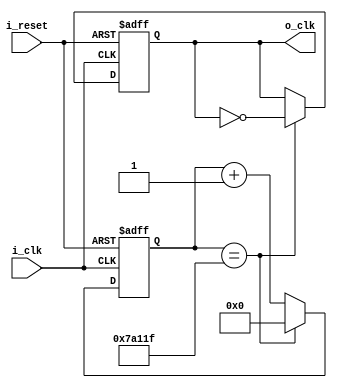
`timescale 1ns / 1ps

module ClockDivider(
    input i_clk,
    input i_reset,

    output o_clk
    );

    reg r_clk = 0;
    reg [31:0] r_counter = 0;

    assign o_clk = r_clk;

    always @(posedge i_clk or posedge i_reset) begin
        if(i_reset) begin
            r_clk <= 1'b0;
            r_counter <= 0;
            // =  <=    
        end
        else begin
            if(r_counter == 500_000 - 1)begin
                r_counter <= 0;
                r_clk <= ~r_clk;
            end
            else begin
                r_counter <= r_counter + 1;
            end
        end
    end
endmodule